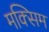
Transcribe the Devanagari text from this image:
मक्सिम